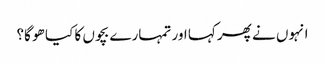
انہوں نے پھر کہا اور تمہارے بچوں کا کیا ھو گا؟